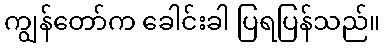
ကျွန်တော်က ခေါင်းခါ ပြရပြန်သည်။